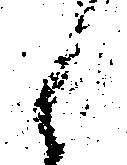
候